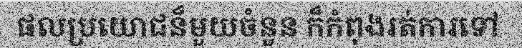
ផលប្រយោជន៏មួយចំនួន ក៏កំពុងរត់ការទៅ